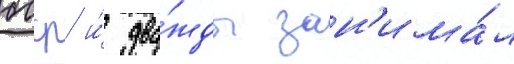
бсср и́ два́жды зан'има́л